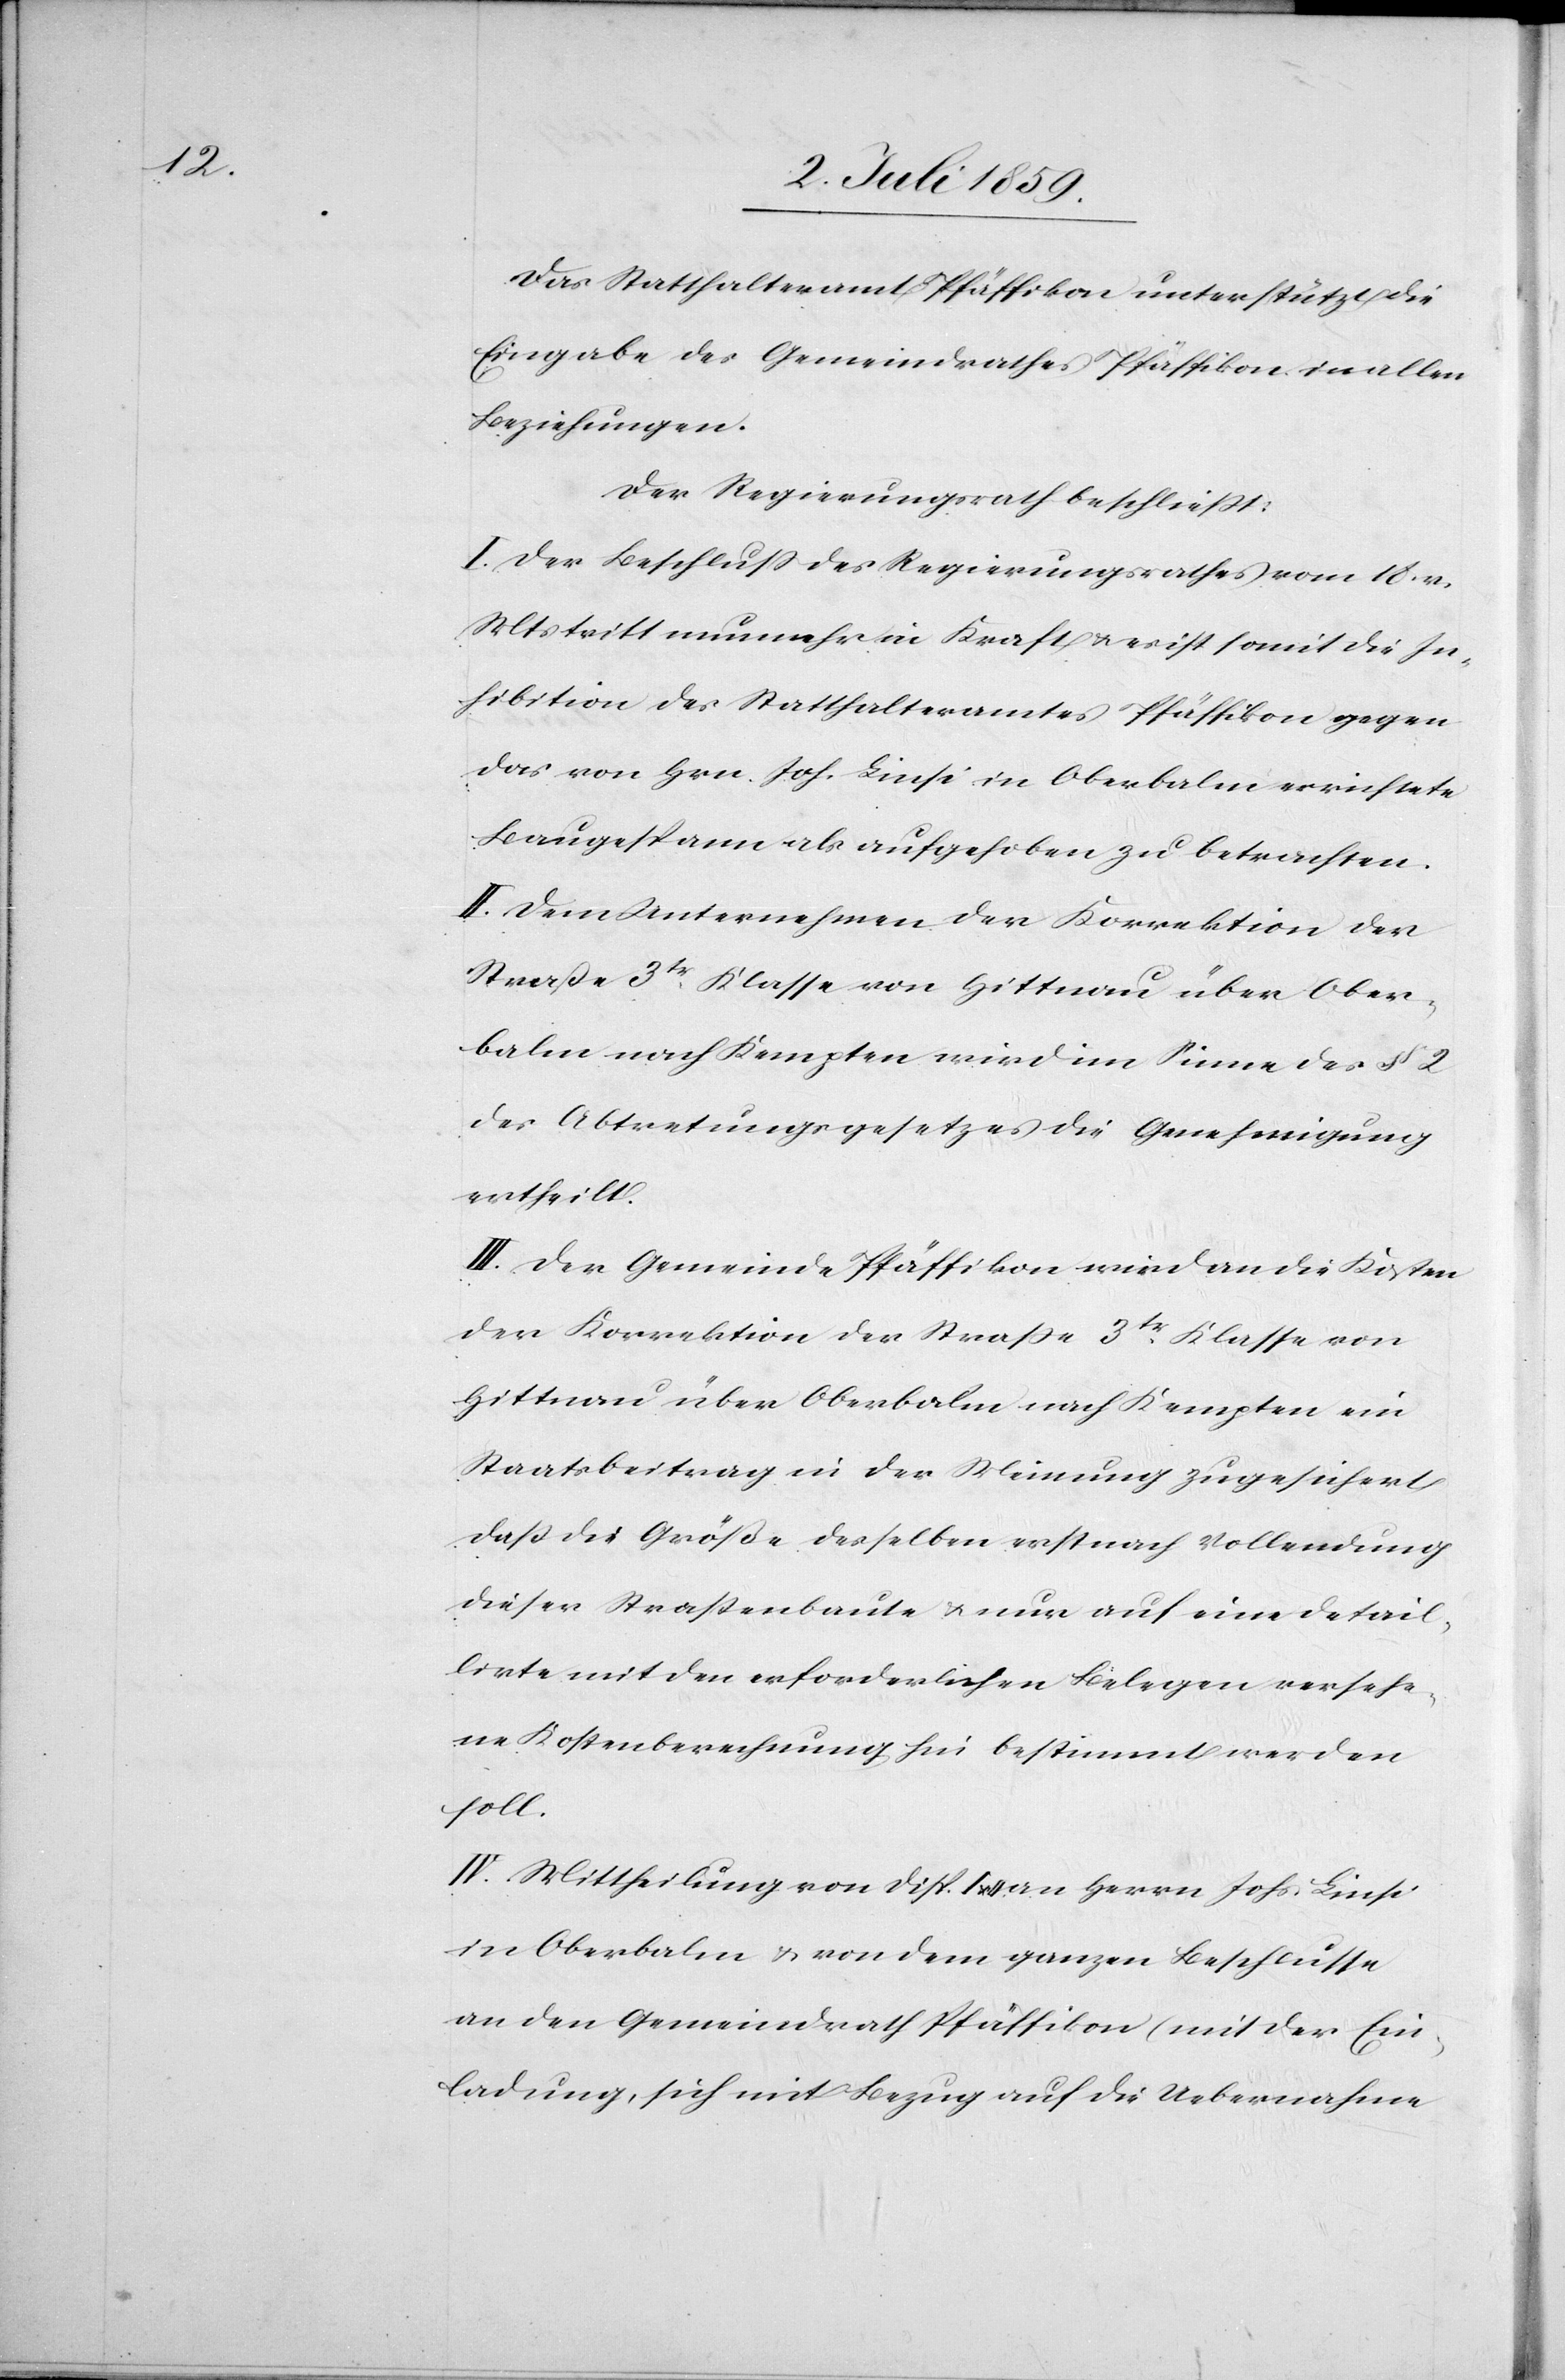
Das Statthalteramt Pfäffikon unterstütze die
Eingabe des Gemeindrathes Pfäffikon in allen
Beziehungen.
Der Regierungsrath beschliesst:
I. Der Beschluss des Regierungsrathes vom 10. v.
Mts tritt nunmehr in Kraft u. es ist somit die In¬
hibition des Statthalteramtes Pfäffikon gegen
das von Hrn. Joh. Linsi in Oberbalm errichtete
Baugespann als aufgehoben zu betrachten.
II. Dem Unternehmen der Korrektion der
Straße 3ter Klasse von Hittnau über Ober¬
balm nach Kempten wird im Sinne des § 2
des Abtretungsgesetzes die Genehmigung
ertheilt.
III. Der Gemeinde Pfäffikon wird an die Kosten
der Korrektion der Straße 3ter Klasse von
Hittnau über Oberbalm nach Kempten ein
Staatsbeitrag in der Meinung zugesichert
daß die Größe desselben erst nach Vollendung
dieser Straßenbaute u. nun auf eine detail¬
lirte mit den erforderlichen Belegen versehe¬
ne Kostenberechnung hin bestimmt werden
soll.
IV. Mittheilung von disp. I u. II an Herrn Johs. Linsi
in Oberbalm u. von dem ganzen Beschlusse
an den Gemeindrath Pfäffikon (mit der Ein¬
ladung, sich mit Bezug auf die Uebernahme